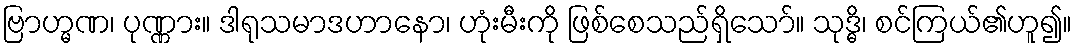
ဗြာဟ္မဏ၊ ပုဏ္ဏား။ ဒါရုသမာဒဟာနော၊ ဟုံးမီးကို ဖြစ်စေသည်ရှိသော်။ သုဒ္ဓိ၊ စင်ကြယ်၏ဟူ၍။